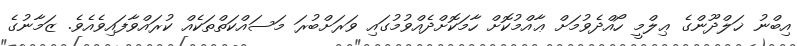
އިބްނު ޚަލްދޫންގެ ޢިލްމީ ހޯއްދެވުމަށް ޢާއްމުކޮށް ހާމަކޮށްދެއްވުމުގައި ވަރަށްބުރަ މަސައްކަތްތަކެއް ކުރައްވާފައިވެއެވެ. ޒަމާނުގެ